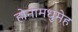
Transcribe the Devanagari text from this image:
होनामधुमेह